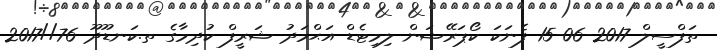
ތަފްސީލް 2017-06-15 ފެނަކަ ކޯޕަރޭޝަން ލިމިޓެޑް އަޙްމަދު ޝަރީފް ކުދިމާގެ ތ.ކަނޑޫދޫ 76//2017